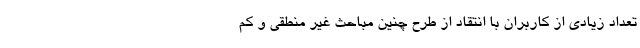
تعداد زیادی از کاربران با انتقاد از طرح چنین مباحث غیر منطقی و کم